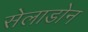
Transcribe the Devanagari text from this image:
सेलाडोन